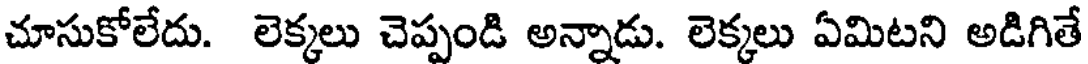
చూసుకోలేదు. లెక్కలు చెప్పండి అన్నాడు. లెక్కలు ఏమిటని అడిగితే